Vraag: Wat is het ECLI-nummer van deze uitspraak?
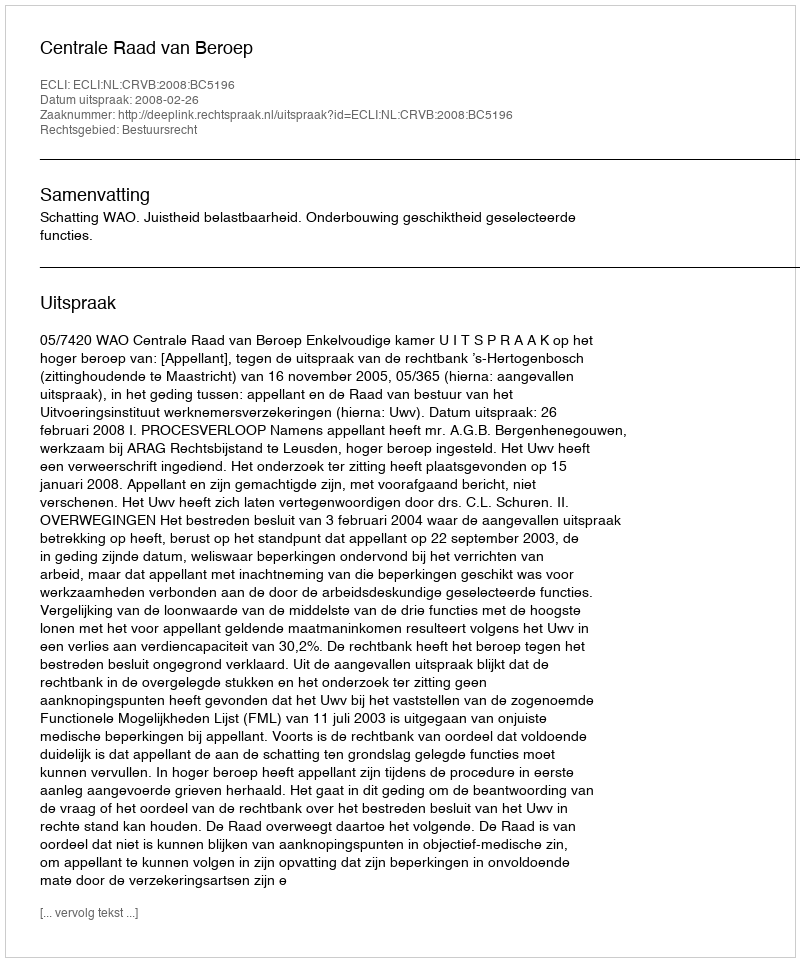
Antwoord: ECLI:NL:CRVB:2008:BC5196